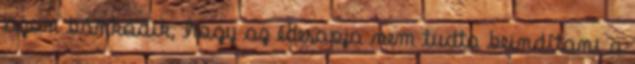
azon bánkódik, hogy az édesapja nem tudta beindítani a